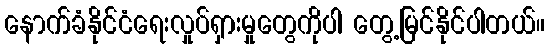
နောက်ခံနိုင်ငံရေးလှုပ်ရှားမှုတွေကိုပါ တွေ့မြင်နိုင်ပါတယ်။